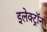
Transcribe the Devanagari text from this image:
इलेक्ट्रॉन्